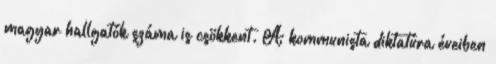
magyar hallgatók száma is csökkent. A kommunista diktatúra éveiben